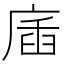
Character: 㢎